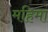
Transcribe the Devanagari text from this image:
महिमा